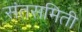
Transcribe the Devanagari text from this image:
संतसमिती